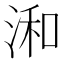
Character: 𣷓